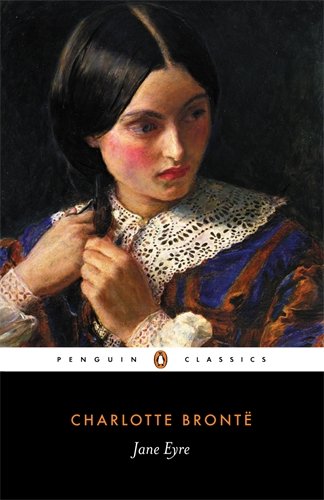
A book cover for Jane Eyre (Penguin Classics); Charlotte BrontÃ«; Romance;